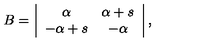
B = \left| \begin{array} { c c } { \alpha } & { \alpha + s } \\ { - \alpha + s } & { - \alpha } \\ \end{array} \right| ,